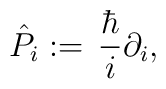
\hat P_i := \,{\hbar\over i}\partial_i,